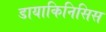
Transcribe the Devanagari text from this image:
डायाकिनिसिस